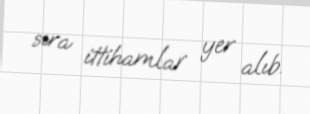
sıra ittihamlar yer alıb.